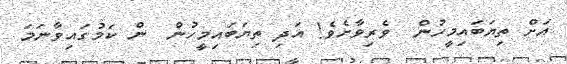
އަށް ތިޔަބައިމީހުން  ވެރިވާށެވެ! އަދި ތިޔަބައިމީހުން  ން ކަމުގައިވާނަމަ